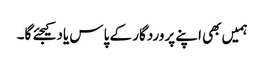
ہمیں بھی اپنے پروردگار کے پاس یاد کیجئے گا۔